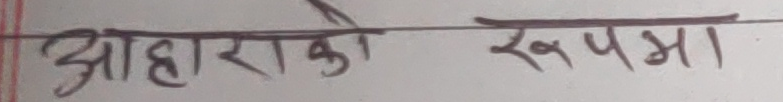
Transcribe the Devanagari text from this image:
आहाराको रूपमा